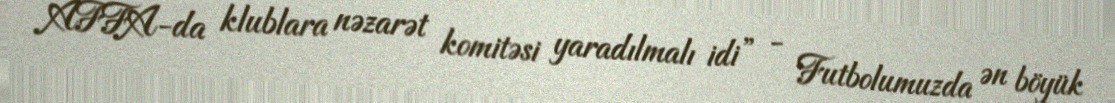
AFFA-da klublara nəzarət komitəsi yaradılmalı idi” - Futbolumuzda ən böyük